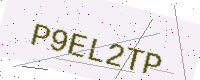
Text: P9EL2TP